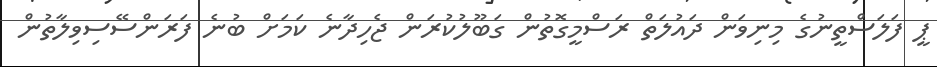
ޕީ ފަލަސްތީނުގެ މިނިވަން ދައުލަތް ރަސްމީގޮތުން ގަބޫލުކުރަން ޖެހިދާނެ ކަމަށް ބުނެ ފަރަންސޭސިވިލާތުން